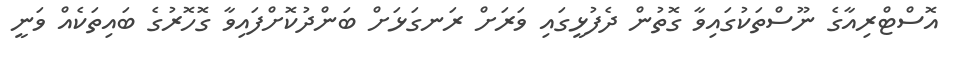
އޮސްޓްރިއާގެ ނޫސްތަކުގައިވާ ގޮތުން ދެފުޅީގައި ވަރަށް ރަނގަޅަށް ބަންދުކޮށްފައިވާ ގޮހޮރުގެ ބައިތަކެއް ވަނީ